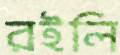
রইলি